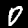
Digit: 0